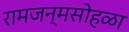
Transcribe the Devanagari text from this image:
रामजन्मसोहळा